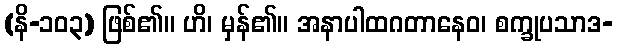
(နိ-၁၀၃) ဖြစ်၏။ ဟိ၊ မှန်၏။ အနာပါထဂတာနေဝ၊ စက္ခုပသာဒ-